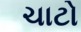
ચાટો